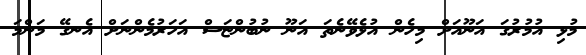
މުޅި އުމުރުގަ އަނޫއަށް މިހެން އުޅެވޭނެތަ އަނޫ ނުބުންޏަސް އަހަރުމެންނަށް އެނގޭ މަންމަ